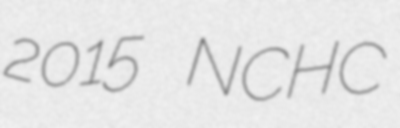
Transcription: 2015 NCHC